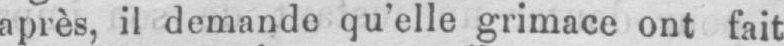
après, il demande qu’elle grimace ont fait